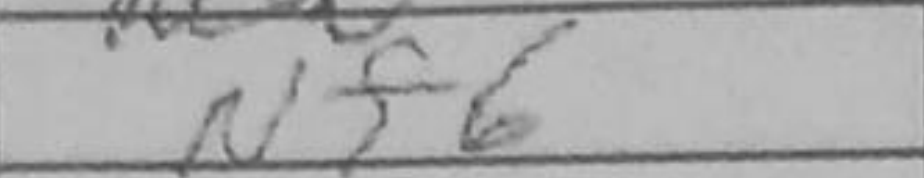
Transcription: Nf6